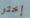
إختر